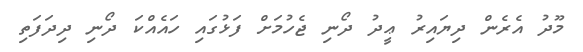
މޫދު އެރެން ދިޔައިރު ޢީދު ދޯނި ޖެހުމަށް ފަޅުގައި ހައެއްކަ ދޯނި ދިދަފަތި